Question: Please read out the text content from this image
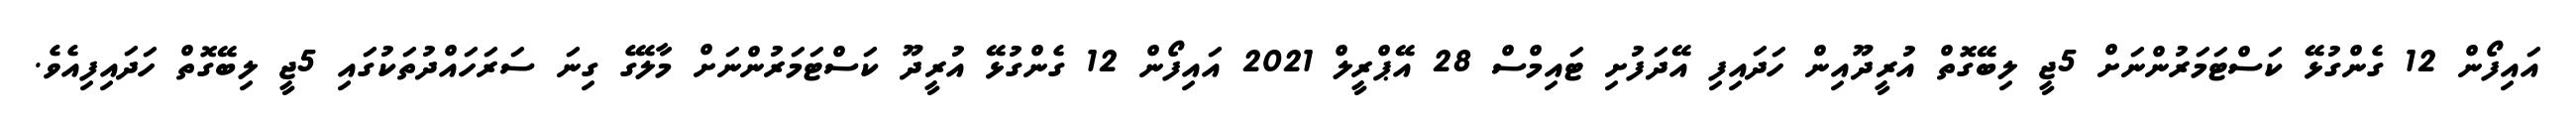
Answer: އައިފޯން 12 ގެންގުޅޭ ކަސްޓަމަރުންނަށް 5ޖީ ލިބޭގޮތް އުރީދޫއިން ހަދައިފި އޭދަފުށި ޓައިމްސް 28 އޭޕްރީލް 2021 އައިފޯން 12 ގެންގުޅޭ އުރީދޫ ކަސްޓަމަރުންނަށް މާލޭގެ ގިނަ ސަރަހައްދުތަކުގައި 5ޖީ ލިބޭގޮތް ހަދައިފިއެވެ.